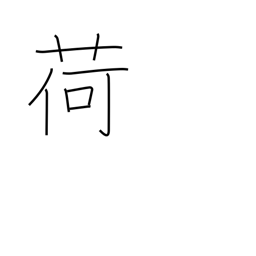
Meaning: baggage